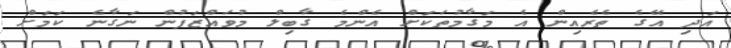
އަދި އޭގެ ތެރެއިން އެ މަގާމުތަކަށް އެންމެ ގާބިލް މުވައްޒަފުން ނަގާނެ ކަމަށް